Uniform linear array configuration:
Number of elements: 12
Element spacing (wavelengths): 0.5
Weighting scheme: hann
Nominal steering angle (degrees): -30
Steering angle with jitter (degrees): -30.492
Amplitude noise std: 0.05
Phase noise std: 0.05

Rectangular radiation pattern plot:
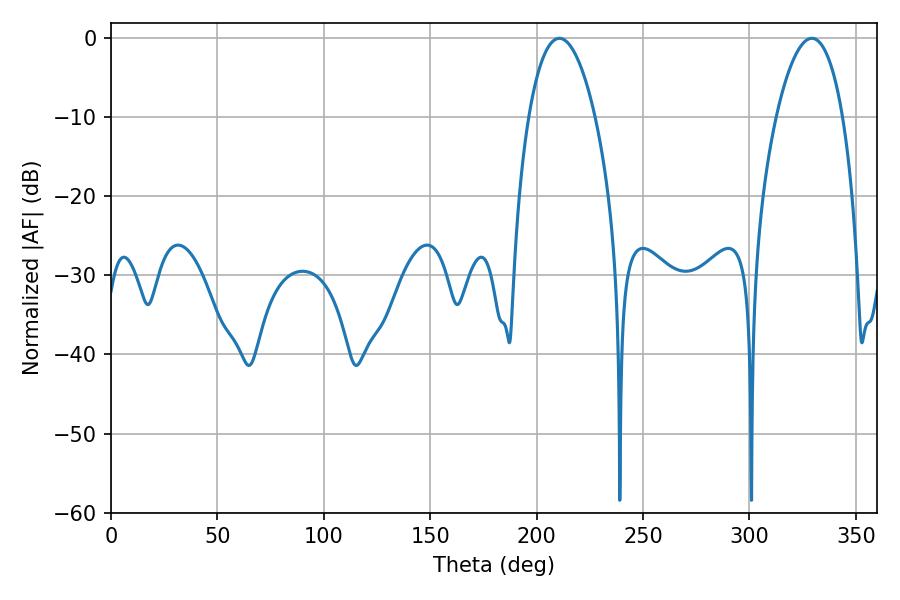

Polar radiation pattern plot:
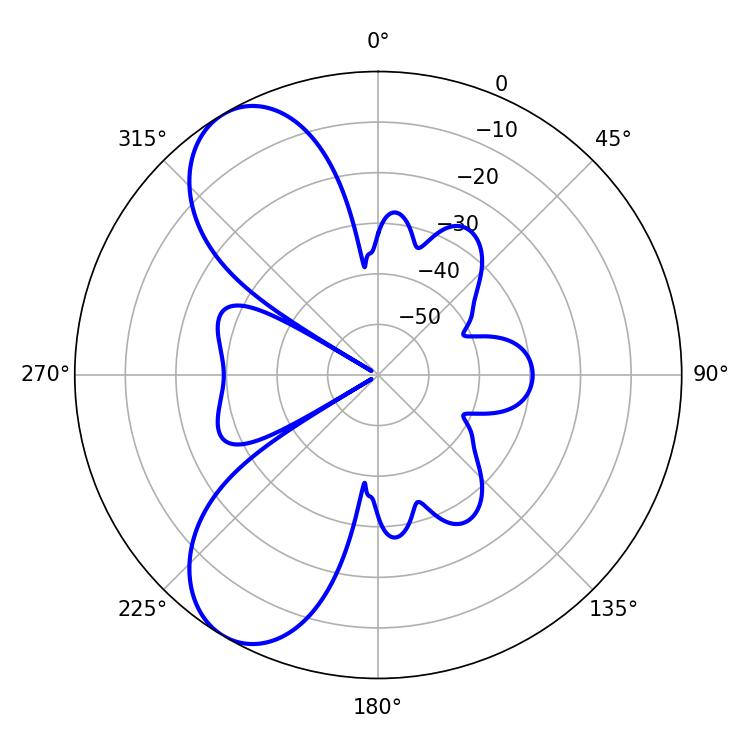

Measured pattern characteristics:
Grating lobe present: FALSE
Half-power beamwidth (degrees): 17.46
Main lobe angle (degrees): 210.6